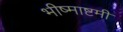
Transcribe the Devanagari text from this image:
भीष्माष्टमी